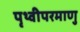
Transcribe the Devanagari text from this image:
पृथ्वीपरमाणु